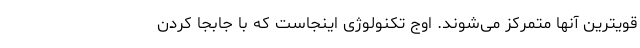
قویترین آنها متمرکز می‌شوند. اوج تکنولوژی اینجاست که با جابجا کردن